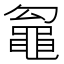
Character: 𮮢